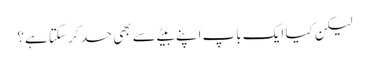
لیکن کیا ایک باپ اپنے بیٹے سے بھی حسد کر سکتا ہے؟